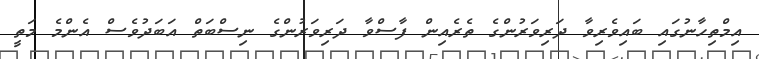
އިމްތިހާނުގައި ބައިވެރިވާ ދަރިވަރުންގެ ތެރެއިން ފާސްވާ ދަރިވަރުންގެ ނިސްބަތް އަބަދުވެސް އެންމެ މަތީ